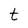
Character: t